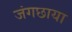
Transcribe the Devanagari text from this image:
जंगछाया